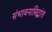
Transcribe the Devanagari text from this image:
संभावनासिद्धांत